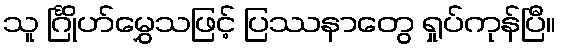
သူ င်္ဂြိုဟ်မွှေသဖြင့် ပြဿနာတွေ ရှုပ်ကုန်ပြီ။